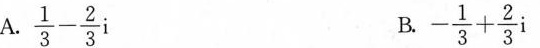
A.$$\frac{ 1 }{ 3 } - \frac{ 2 }{ 3 } i$$ B. $$- \frac{ 1 }{ 3 }+ \frac{ 2 }{ 3 } i$$